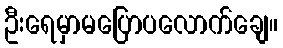
ဦးရေမှာမပြောပလောက်ချေ။